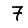
Digit: 7